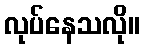
လုပ်နေသလို။